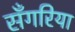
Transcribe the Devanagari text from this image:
सँगरिया